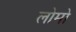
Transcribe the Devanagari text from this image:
लोमो